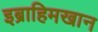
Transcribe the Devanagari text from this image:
इब्राहिमखान